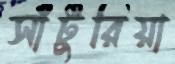
সাঁটুরিয়া